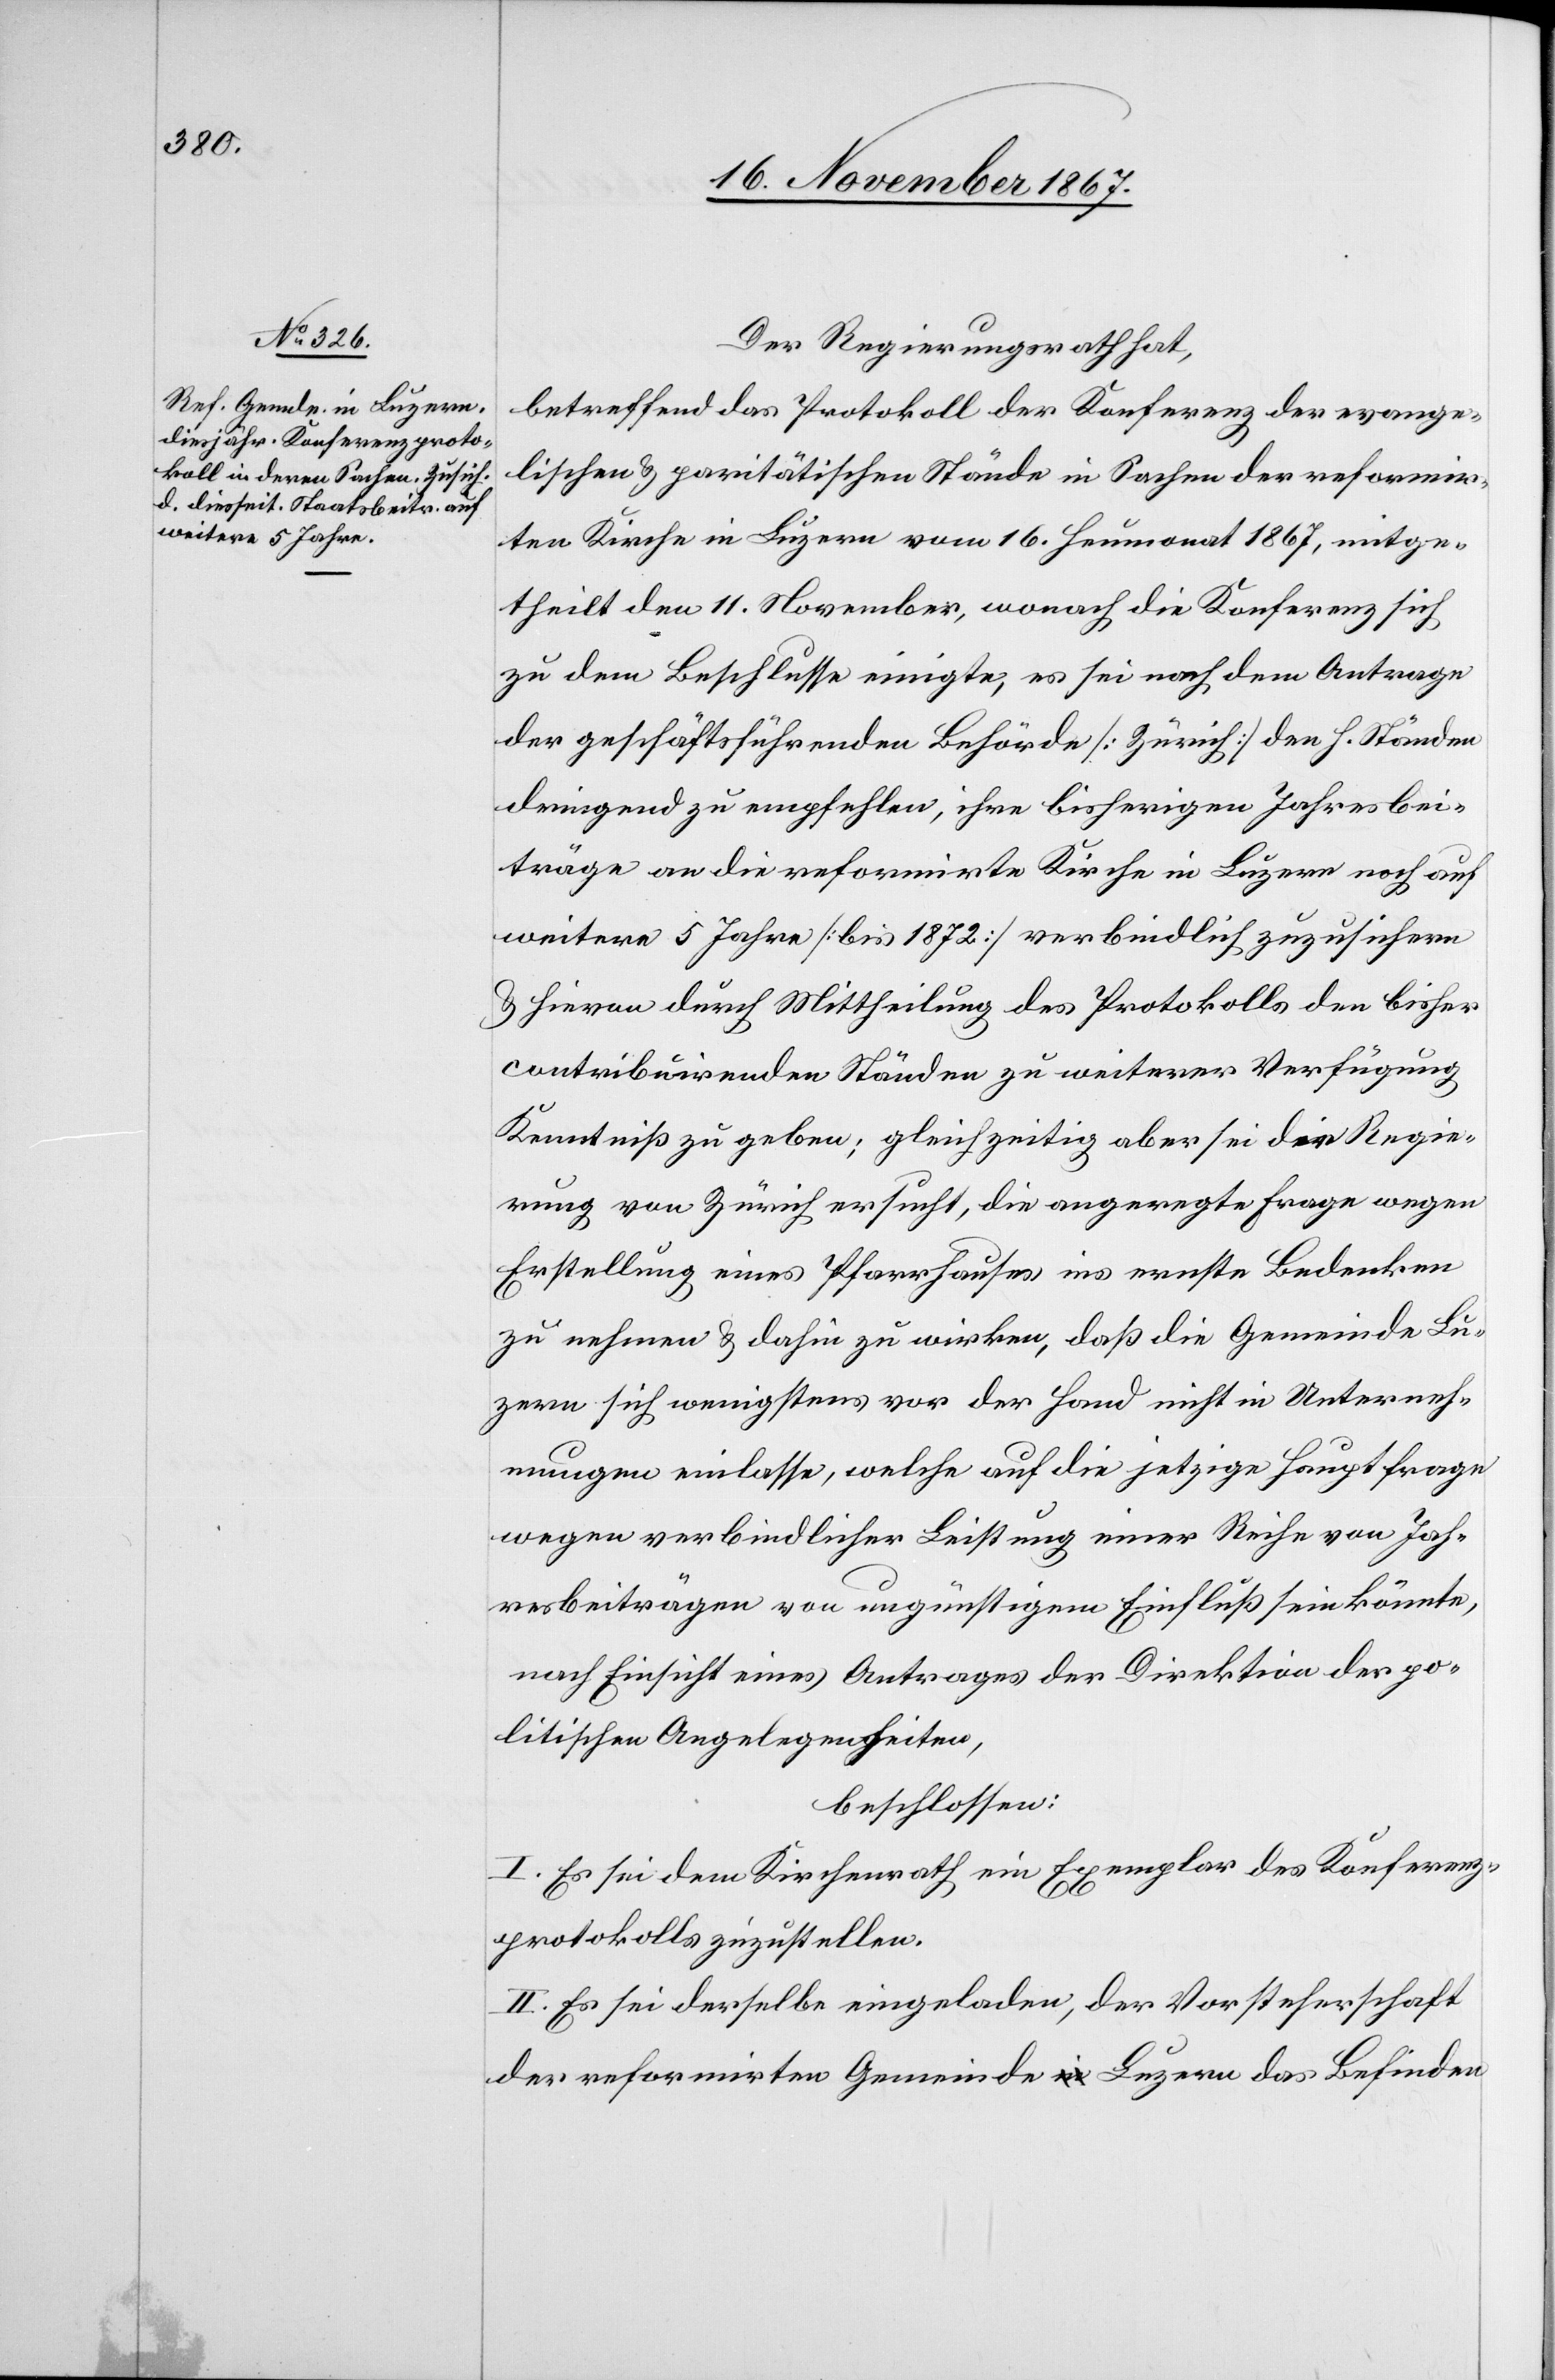
Der Regierungsrath hat,
betreffend das Protokoll der Konferenz der evange¬
lischen u. paritätischen Stände in Sachen der reformir¬
ten Kirche in Luzern vom 16. Heumonat 1867, mitge¬
theilt den 11. November, wonach die Konferenz sich
zu dem Beschlusse einigte, es sei nach dem Antrage
der geschäftsführenden Behörde [Zürich] den h. Ständen
dringend zu empfehlen, ihre bisherigen Jahresbei¬
träge an die reformirte Kirche in Luzern noch auf
weitere 5 Jahre [bis 1872] verbindlich zuzusichern
u. hievon durch Mittheilung des Protokolls den bisher
contribuirenden Ständen zu weiterer Verfügung
Kenntniß zu geben; gleichzeitig aber sei die Regie¬
rung von Zürich ersucht, die angeregte Frage wegen
Erstellung eines Pfarrhauses ins ernste Bedenken
zu nehmen u. dahin zu wirken, daß die Gemeinde Lu¬
zern sich wenigstens vor der Hand nicht in Unterneh¬
mungen einlasse, welche auf die jetzige Hauptfrage
wegen verbindlicher Leistung einer Reihe von Jah¬
resbeiträgen von ungünstigem Einfluß sein könnte,
nach Einsicht eines Antrages der Direktion der po¬
litischen Angelegenheiten,
beschlossen:
I. Es sei dem Kirchenrath ein Exemplar des Konferenz¬
protokolls zuzustellen.
II. Es sei derselbe eingeladen, der Vorsteherschaft
der reformirten Gemeinde Luzern das Befinden